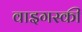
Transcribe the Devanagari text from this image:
वाइगस्की